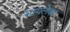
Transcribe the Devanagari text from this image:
सायलेक्ट